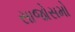
સાજોસમો